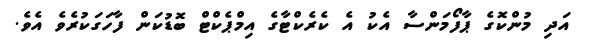
އަދި މުންކޮގެ ޕާފޯމަންސާ އެކު އެ ކެރެކްޓާގެ އިމްޕެކްޓް ބޮޑުކަން ފާހަގަކުރެވެ އެވެ.